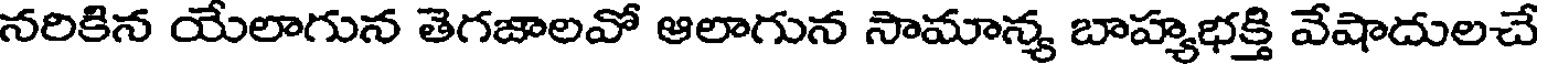
నరికిన యేలాగున తెగజాలవో ఆలాగున సామాన్య బాహ్యభక్తి వేషాదులచే